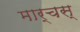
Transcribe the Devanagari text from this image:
मार्चस्